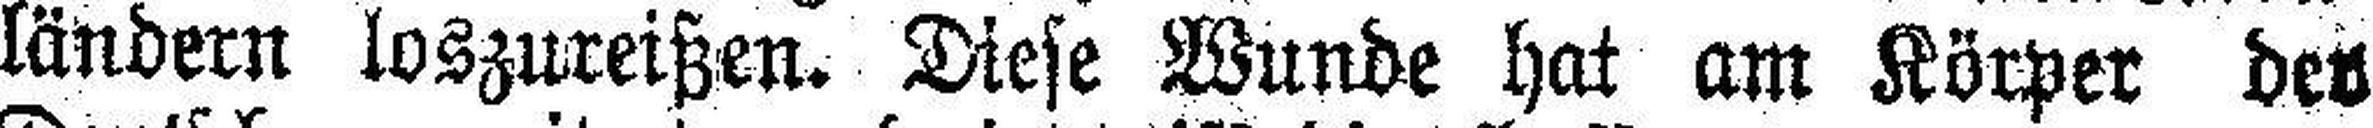
ländern loszureißen. Diese Wunde hat am Körper der